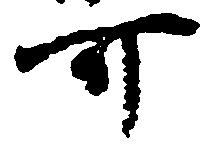
可